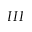
I I I